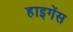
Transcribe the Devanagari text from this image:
हाइगेंस